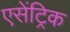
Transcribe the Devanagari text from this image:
एसेंट्रिक